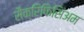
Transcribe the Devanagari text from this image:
सैक्रिफिसिंअम